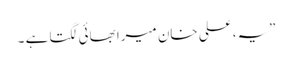
”یہ، علی خان میرا بھائی لگتا ہے ۔